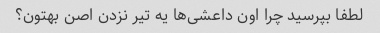
لطفا بپرسید چرا اون داعشی‌ها یه تیر نزدن اصن بهتون؟